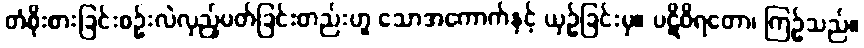
တံစိုးစားခြင်းစဉ်းလဲလှည့်ပတ်ခြင်းတည်းဟူ သောအကောက်နှင့် ယှဉ်ခြင်းမှ။ ပဋိဝိရတော၊ ကြဉ်သည်။